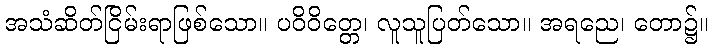
အသံဆိတ်ငြိမ်းရာဖြစ်သော။ ပဝိဝိတ္တေ၊ လူသူပြတ်သော။ အရညေ၊ တော၌။